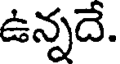
ఉన్నదే.